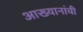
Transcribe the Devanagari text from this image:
आख्यानांची